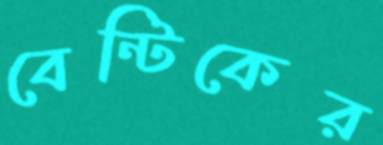
বেন্টিকের